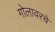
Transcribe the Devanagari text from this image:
गोलावरचे